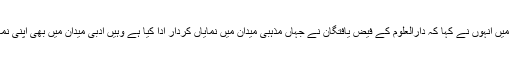
قومی یکجہتی کے لئے کام کرنے والی تنظیم، تہذیب‘ کے زیر اہتمام منعقدہ اس تقریب میں انہوں نے کہا کہ دارالعلوم کے فیض یافتگان نے جہاں مذہبی میدان میں نمایاں کردار ادا کیا ہے وہیں ادبی میدان میں بھی اپنی نمایاں شناخت قائم کی ہے اوران کے کارنامے سنہرے حروف سے لکھنے کے قابل ہیں۔